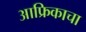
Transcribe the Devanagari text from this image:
आफ्रिकाचा